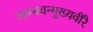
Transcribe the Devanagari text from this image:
जाम्बवन्मुख्यवीरै